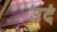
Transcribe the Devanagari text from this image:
उदं